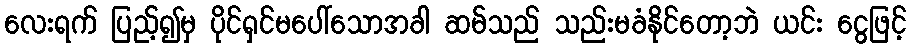
လေးရက် ပြည့်၍မှ ပိုင်ရှင်မပေါ်သောအခါ ဆမ်သည် သည်းမခံနိုင်တော့ဘဲ ယင်း ငွေဖြင့်